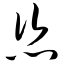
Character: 恣